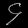
Digit: ၄